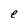
Character: e